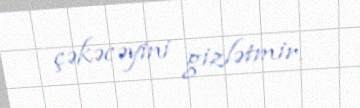
çəkəcəyini gizlətmir.